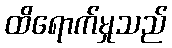
ထိရောက်မှုသည်